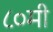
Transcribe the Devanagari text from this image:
८०मी